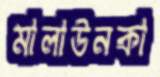
মালাউনকা